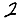
Digit: 2